Problem: 38 + 27 = ?
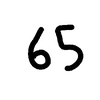
Handwritten answer: 65